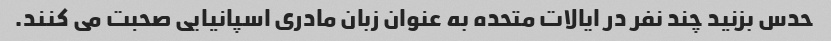
حدس بزنید چند نفر در ایالات متحده به عنوان زبان مادری اسپانیایی صحبت می کنند.